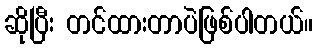
ဆိုပြီး တင်ထားတာပဲဖြစ်ပါတယ်။